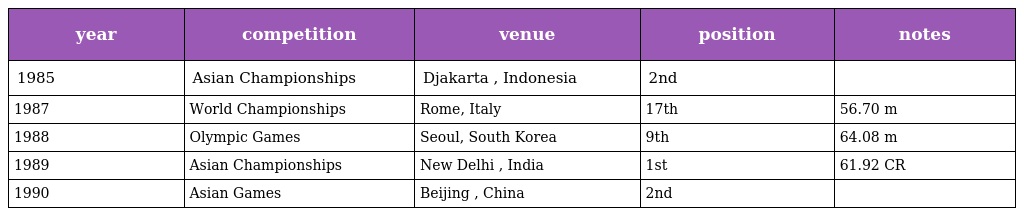
| year | competition | venue | position | notes |
 | --- | --- | --- | --- | --- |
 | 1985 | Asian Championships | Djakarta , Indonesia | 2nd |  |
 | 1987 | World Championships | Rome, Italy | 17th | 56.70 m |
 | 1988 | Olympic Games | Seoul, South Korea | 9th | 64.08 m |
 | 1989 | Asian Championships | New Delhi , India | 1st | 61.92 CR |
 | 1990 | Asian Games | Beijing , China | 2nd |  |